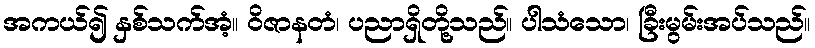
အကယ်၍ နှစ်သက်အံ့။ ဝိဇာနတံ၊ ပညာရှိတို့သည်။ ပါသံသော၊ ခြီးမွမ်းအပ်သည်။